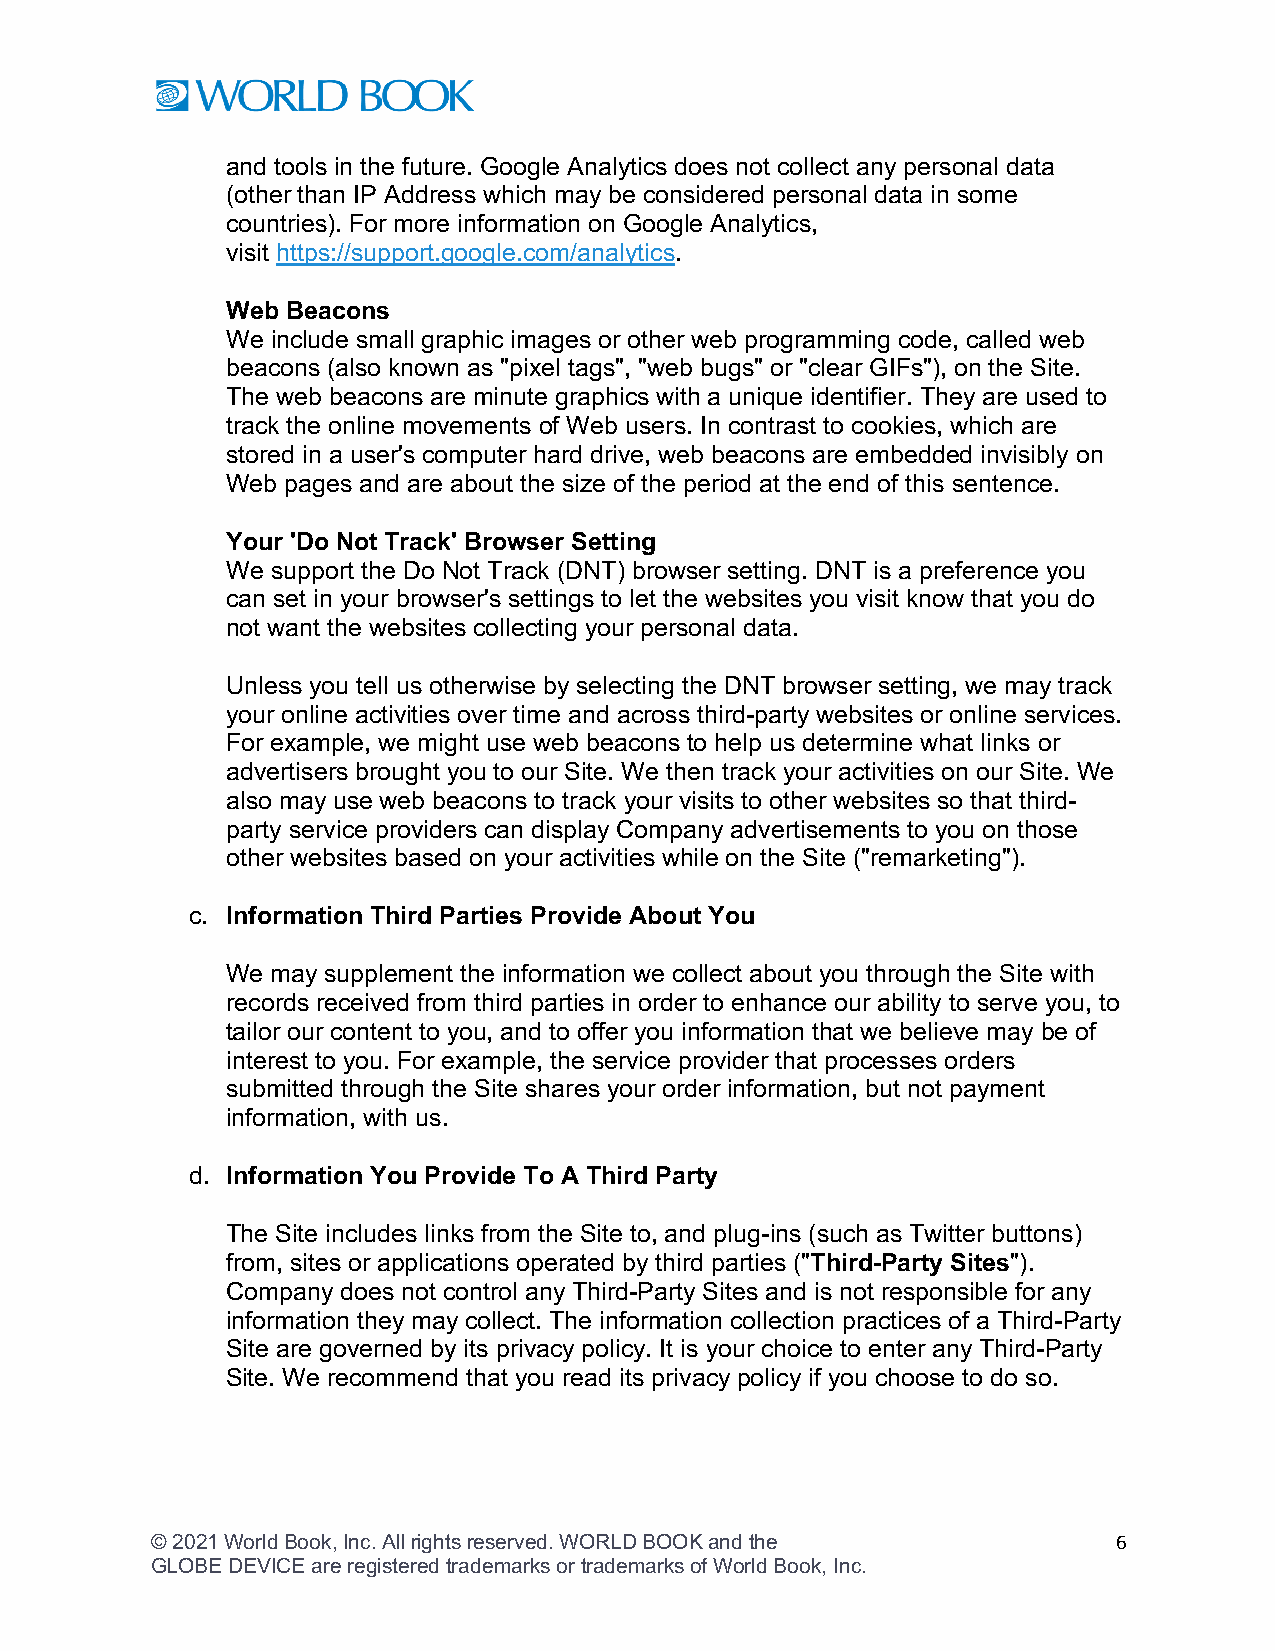
and tools in the future. Google Analytics does not collect any personal data
 (other than IP Address which may be considered personal data in some
 countries). For more information on Google Analytics,
 visit https://support.google.com/analytics.
 Web Beacons
 We include small graphic images or other web programming code, called web
 beacons (also known as "pixel tags", "web bugs" or "clear GIFs"), on the Site.
 The web beacons are minute graphics with a unique identifier. They are used to
 track the online movements of Web users. In contrast to cookies, which are
 stored in a user's computer hard drive, web beacons are embedded invisibly on
 Web pages and are about the size of the period at the end of this sentence.
 Your 'Do Not Track' Browser Setting
 We support the Do Not Track (DNT) browser setting. DNT is a preference you
 can set in your browser's settings to let the websites you visit know that you do
 not want the websites collecting your personal data.
 Unless you tell us otherwise by selecting the DNT browser setting, we may track
 your online activities over time and across third-party websites or online services.
 For example, we might use web beacons to help us determine what links or
 advertisers brought you to our Site. We then track your activities on our Site. We
 also may use web beacons to track your visits to other websites so that third-
 party service providers can display Company advertisements to you on those
 other websites based on your activities while on the Site ("remarketing").
 c. Information Third Parties Provide About You
 We may supplement the information we collect about you through the Site with
 records received from third parties in order to enhance our ability to serve you, to
 tailor our content to you, and to offer you information that we believe may be of
 interest to you. For example, the service provider that processes orders
 submitted through the Site shares your order information, but not payment
 information, with us.
 d. Information You Provide To A Third Party
 The Site includes links from the Site to, and plug-ins (such as Twitter buttons)
 from, sites or applications operated by third parties ("Third-Party Sites").
 Company does not control any Third-Party Sites and is not responsible for any
 information they may collect. The information collection practices of a Third-Party
 Site are governed by its privacy policy. It is your choice to enter any Third-Party
 Site. We recommend that you read its privacy policy if you choose to do so.
 © 2021 World Book, Inc. All rights reserved. WORLD BOOK and the 6
 GLOBE DEVICE are registered trademarks or trademarks of World Book, Inc.